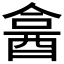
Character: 𨠭